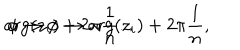
LaTeX: \arg ( z _ { i } ) \to \arg ( z _ { i } ) + 2 \pi \frac 1 n , \hspace { 5 m m } \phi \to \phi + 2 \pi \frac 1 n .